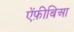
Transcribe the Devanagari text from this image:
ऐंफ़ीबिआ